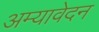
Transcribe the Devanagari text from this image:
अम्यावेदन